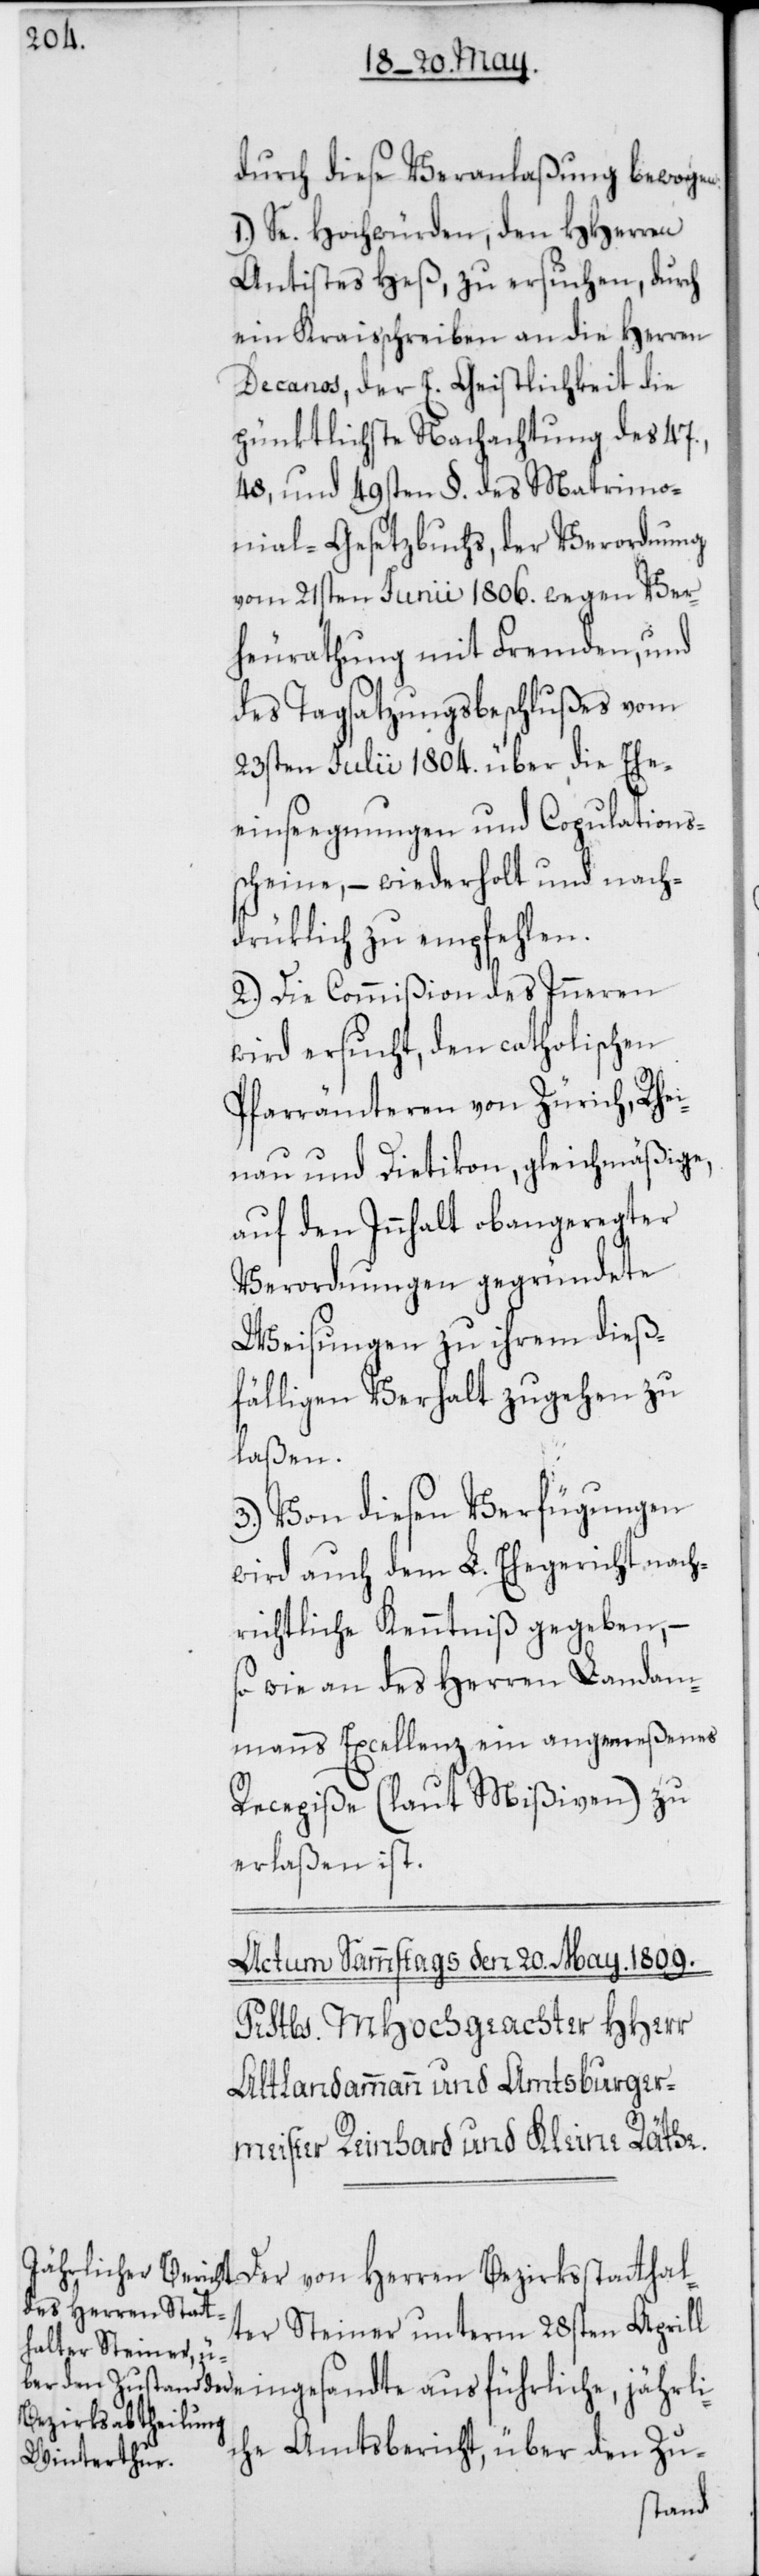
durch diese Veranlaßung bewogen:
1.) Se. Hochwürden, den HHerren
Antistes Heß, zu ersuchen, durch
ein Kraisschreiben an die Herren
Decanos, der E. Geistlichkeit die
pünktlichste Nachachtung des 47.,
48, und 49sten §. des Matrimo¬
nial-Gesetzbuchs, der Verordnung
vom 21sten Junii 1806. wegen Ver¬
heurathung mit Fremden, und
des Tagsatzungsbeschlußes vom
23sten Julii 1804. über die Ehe¬
einsegnungen und Copulations¬
scheine, – wiederholt und nach¬
drücklich zu empfehlen.
2.) Die Commißion des Inneren
wird ersucht, den catholischen
Pfarrämteren von Zürich, Rhei¬
nau und Dietikon, gleichmäßige,
auf den Innhalt obangeregter
Verordnungen gegründete
Weisungen zu ihrem dieß¬
fälligen Verhalt zugehen zu
laßen.
3.) Von diesen Verfügungen
wird auch dem L. Ehegericht nach¬
richtliche Kenntniß gegeben, –
sowie an des Herren Landam¬
manns Excellenz ein angemeßenes
Recepiße (laut Mißiven) zu
erlaßen ist.
Der von Herren Bezirksstatthal¬
ter Steiner unterm 28sten Aprill
eingesandte ausführliche jährli¬
che Amtsbericht, über den Zu-